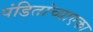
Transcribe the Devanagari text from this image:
पंडितांच्याएका